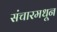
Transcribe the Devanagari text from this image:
संचारमधून